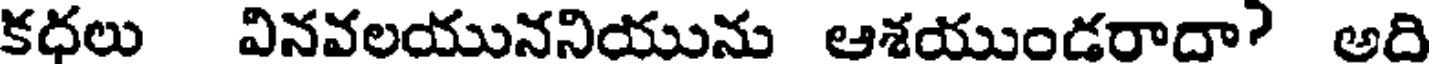
కధలు వినవలయుననియును ఆశయుండరాదా? అది